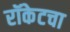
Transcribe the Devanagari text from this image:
रॉकेटचा